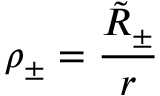
\rho _ { \pm } = \frac { \tilde { R } _ { \pm } } { r }